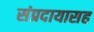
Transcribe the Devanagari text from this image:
संप्रदायासह